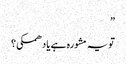
”
تو یہ مشورہ ہے یا دھمکی؟